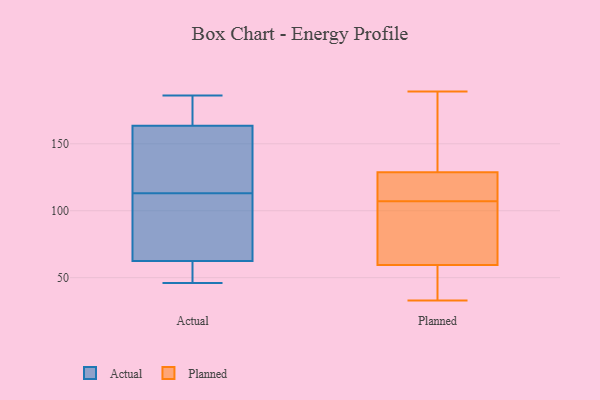
{"axis": {"x": "Page Views", "y": "Value"}, "legend": ["Actual", "Planned"], "data": [{"x": "", "y": 53, "type": "Actual"}, {"x": "", "y": 186, "type": "Actual"}, {"x": "", "y": 85, "type": "Actual"}, {"x": "", "y": 46, "type": "Actual"}, {"x": "", "y": 186, "type": "Actual"}, {"x": "", "y": 67, "type": "Actual"}, {"x": "", "y": 171, "type": "Actual"}, {"x": "", "y": 179, "type": "Actual"}, {"x": "", "y": 139, "type": "Actual"}, {"x": "", "y": 130, "type": "Actual"}, {"x": "", "y": 92, "type": "Actual"}, {"x": "", "y": 113, "type": "Actual"}, {"x": "", "y": 61, "type": "Actual"}, {"x": "", "y": 141, "type": "Actual"}, {"x": "", "y": 52, "type": "Actual"}, {"x": "", "y": 107, "type": "Planned"}, {"x": "", "y": 171, "type": "Planned"}, {"x": "", "y": 132, "type": "Planned"}, {"x": "", "y": 112, "type": "Planned"}, {"x": "", "y": 70, "type": "Planned"}, {"x": "", "y": 56, "type": "Planned"}, {"x": "", "y": 33, "type": "Planned"}, {"x": "", "y": 189, "type": "Planned"}, {"x": "", "y": 119, "type": "Planned"}, {"x": "", "y": 94, "type": "Planned"}, {"x": "", "y": 47, "type": "Planned"}]}